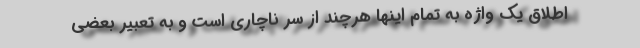
اطلاق یک واژه به تمام اینها هرچند از سر ناچاری است و به تعبیر بعضی